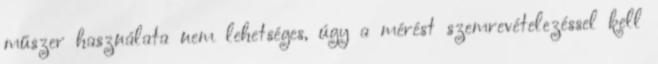
műszer használata nem lehetséges, úgy a mérést szemrevételezéssel kell